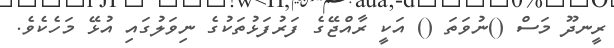
ރީނދޫ މަސް ()ނުވަތަ () އަކީ ރާއްޖޭގެ ފަރުފަޅުތަކުގެ ނިވަލުގައި އުޅޭ މަހެކެވެ.